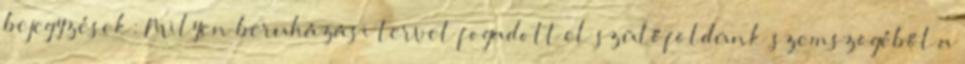
bejegyzések: Milyen beruházási tervet fogadott el szülőföldünk szemszögéből a